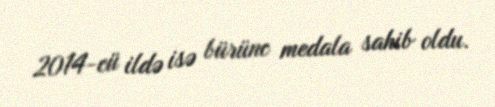
2014-cü ildə isə bürünc medala sahib oldu.